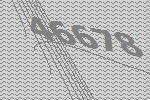
46678